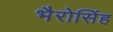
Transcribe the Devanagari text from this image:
भैरोसिंह